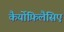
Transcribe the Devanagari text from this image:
कैर्योफ़िलैसिए